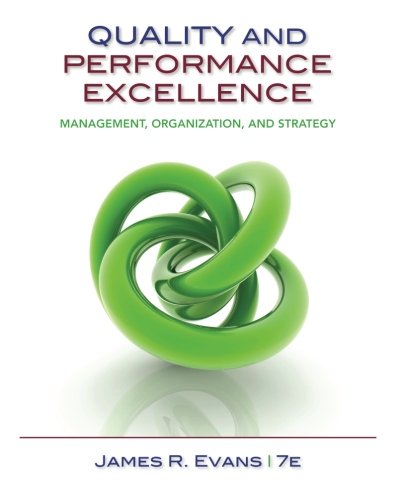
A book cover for Quality & Performance Excellence; James R. Evans; Business & Money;